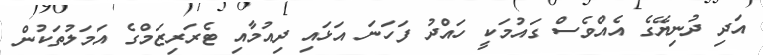
އަދި ދުނިޔޭގެ އެއްވެސް ގައުމަކީ ހައްދު ފަހަނަ އަޅައި ދިއުމާއި ޓެރަރިޒަމްގެ އަމަލުތަކުން